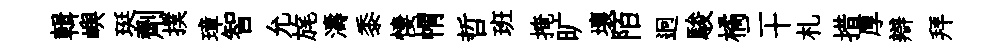
輯嶼珽劑撲璋智允旄濤黍悽㡌哲班掩旷壤陌迥駿橘二十札措厚辯拜